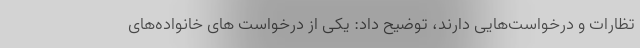
تظارات و درخواست‌هایی دارند، توضیح داد: یکی از درخواست های خانواده‌های